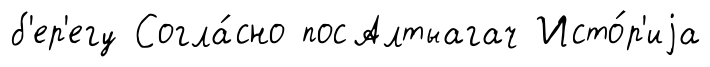
б'ер'егу Согла́сно посАлтыагач Исто́р'иjа